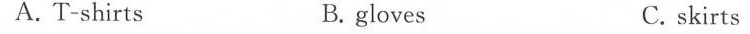
A.T-shirts B.gloves C. skirts